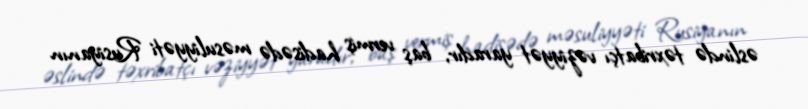
əslində təxribatçı vəziyyət yaradır, baş vermiş hadisədə məsuliyyəti Rusiyanın